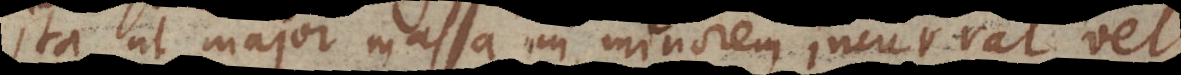
ita ut major massa in minorem incurrat vel